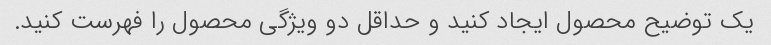
یک توضیح محصول ایجاد کنید و حداقل دو ویژگی محصول را فهرست کنید.